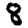
Digit: 8